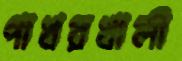
পাখরখালী